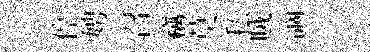
停娉召竊莫私賊謫